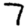
Digit: 7